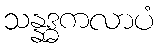
သန္နဒ္ဓကလာပံ